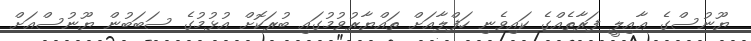
ޔޫނުސްގެ ޢާއިލީ ފަރާތެއްގެ ކައިވެނި ހަފްލާއަށް ތައްޔާރުވުމުގައި ބުރަކޮށް އުޅުމުގެ ސަބަބުން ޔޫނުސްއަށް